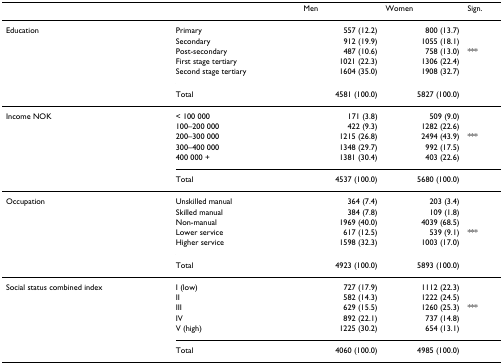
|  |  | Men | Women | Sign. |
 | --- | --- | --- | --- | --- |
 | Education | Primary | 557 (12.2) | 800 (13.7) |  |
 |  | Secondary | 912 (19.9) | 1055 (18.1) |  |
 |  | Post-secondary | 487 (10.6) | 758 (13.0) | *** |
 |  | First stage tertiary | 1021 (22.3) | 1306 (22.4) |  |
 |  | Second stage tertiary | 1604 (35.0) | 1908 (32.7) |  |
 |  | Total | 4581 (100.0) | 5827 (100.0) |  |
 | Income NOK | < 100 000 | 171 (3.8) | 509 (9.0) |  |
 |  | 100–200 000 | 422 (9.3) | 1282 (22.6) |  |
 |  | 200–300 000 | 1215 (26.8) | 2494 (43.9) | *** |
 |  | 300–400 000 | 1348 (29.7) | 992 (17.5) |  |
 |  | 400 000 + | 1381 (30.4) | 403 (22.6) |  |
 |  | Total | 4537 (100.0) | 5680 (100.0) |  |
 | Occupation | Unskilled manual | 364 (7.4) | 203 (3.4) |  |
 |  | Skilled manual | 384 (7.8) | 109 (1.8) |  |
 |  | Non-manual | 1969 (40.0) | 4039 (68.5) |  |
 |  | Lower service | 617 (12.5) | 539 (9.1) | *** |
 |  | Higher service | 1598 (32.3) | 1003 (17.0) |  |
 |  | Total | 4923 (100.0) | 5893 (100.0) |  |
 | Social status combined index | I (low) | 727 (17.9) | 1112 (22.3) |  |
 |  | II | 582 (14.3) | 1222 (24.5) |  |
 |  | III | 629 (15.5) | 1260 (25.3) | *** |
 |  | IV | 892 (22.1) | 737 (14.8) |  |
 |  | V (high) | 1225 (30.2) | 654 (13.1) |  |
 |  | Total | 4060 (100.0) | 4985 (100.0) |  |